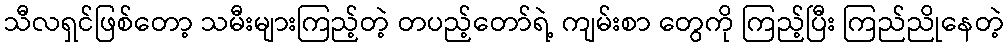
သီလရှင်ဖြစ်တော့ သမီးများကြည့်တဲ့ တပည့်တော်ရဲ့ ကျမ်းစာ တွေကို ကြည့်ပြီး ကြည်ညိုနေတဲ့